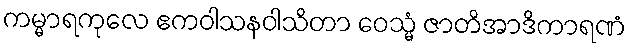
ကမ္မာရကုလေ ဧကဝါသနဝါသိတာ ဝေသ္မံ ဇာတိအာဒိကာရဏံ